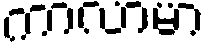
ကာလာမာ